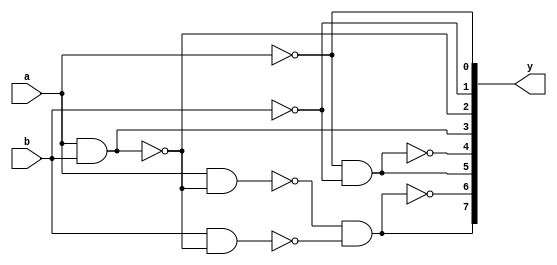
module basic_gates (
    input a, b, output [7:0] y
);
    wire w1, w2;

    nand(y[0], a, a);          //not gate for i/p a
    nand(y[1], b, b);          //not gate for i/p b
    nand(y[2], a, b);          //nand gate
    nand(y[3], y[2], y[2]);     //and gate
    nand(y[4], y[0], y[1]);     //or gate
    nand(y[5], y[4], y[4]);     //nor gate
    nand(w1, a, y[2]);
    nand(w2, b, y[2]);
    nand(y[6], w1, w2);           //exor gate
    nand(y[7], y[6], y[6]);       //exnor gate
endmodule